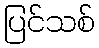
ပြင်သစ်